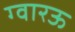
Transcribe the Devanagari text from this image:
ग्वारऊ